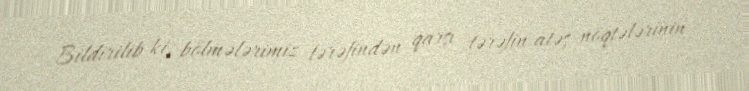
Bildirilib ki, bölmələrimiz tərəfindən qarşı tərəfin atəş nöqtələrinin